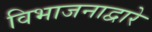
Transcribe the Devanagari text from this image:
विभाजनाद्वारे